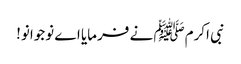
نبی اکرمﷺ نے فرمایا اے نوجوانو!